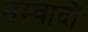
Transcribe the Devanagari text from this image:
सम्वादों